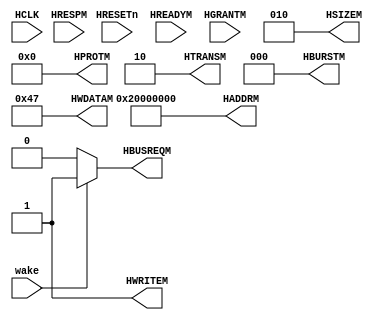

module Master03  (HCLK, HRESETn,HREADYM,HRESPM,HGRANTM, HADDRM, HTRANSM, HWRITEM, HSIZEM, HBURSTM, HPROTM,
          HWDATAM, HBUSREQM,wake
          );

  // Signals used during normal operation 
  input     HCLK;
  input     HRESETn;

  // Signals from AMBA bus used during normal operation
  input         HREADYM;
  input  [1:0]  HRESPM;    //dont care
  input         HGRANTM;
  input  		wake ;

  // Signals to AMBA bus used during normal operation
  output[31:0] HADDRM;
  output [1:0] HTRANSM;
  output       HWRITEM;
  output [2:0] HSIZEM;
  output [2:0] HBURSTM;
  output [3:0] HPROTM;
  output[31:0] HWDATAM;
  output       HBUSREQM;

  
  //---------------------------------------------------------------------- 
  // Signal declarations
  //----------------------------------------------------------------------


  assign HBURSTM = 3'b000;  //SINGLE
  assign HSIZEM = 3'b010;  //WORD
  assign HWRITEM = 1'b1; 
  assign HADDRM = 32'h2000_0000;	 //Tube
  assign HTRANSM = 2'b10;  	// NONSEQ
  assign HBUSREQM = (wake==1'b1)?1'b1 : 1'b0 ;     
  assign HWDATAM = 32'h0000_0047;
  assign HPROTM = 4'b0000;

  
endmodule